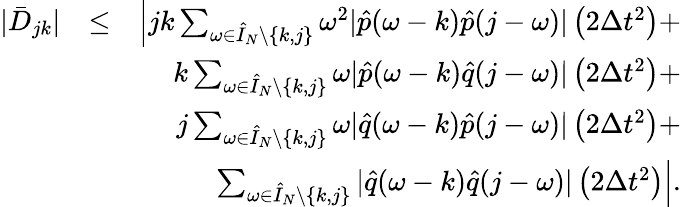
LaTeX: \begin{array}{rlr}{|\bar{D}_{jk}|}&{\leq}&{\left|jk\sum_{\omega\in\hat{I}_{N}\setminus\{ k,j\} }\omega^{2}|\hat{p}(\omega-k)\hat{p}(j-\omega)|\left(2\Delta t^{2}\right)+\right.}\\ &{}&{\left.k\sum_{\omega\in\hat{I}_{N}\setminus\{ k,j\} }\omega|\hat{p}(\omega-k)\hat{q}(j-\omega)|\left(2\Delta t^{2}\right)+\right.}\\ &{}&{\left.j\sum_{\omega\in\hat{I}_{N}\setminus\{ k,j\} }\omega|\hat{q}(\omega-k)\hat{p}(j-\omega)|\left(2\Delta t^{2}\right)+\right.}\\ &{}&{\left.\sum_{\omega\in\hat{I}_{N}\setminus\{ k,j\} }|\hat{q}(\omega-k)\hat{q}(j-\omega)|\left(2\Delta t^{2}\right)\right|.}\end{array}